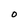
Character: 0